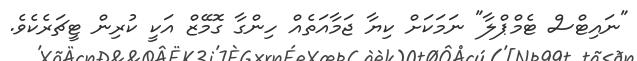
"ނައިޓްސް ޓެމްޕްލާ" ނަމަކަށް ކިޔާ ޖަމާއަތެއް ހިންގާ ގޮމޭޒް އަކީ ކުރިން ޓީޗަރެކެވެ.